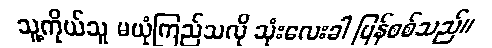
သူ့ကိုယ်သူ မယုံကြည်သလို သုံးလေးခါ ပြန်စစ်သည်။